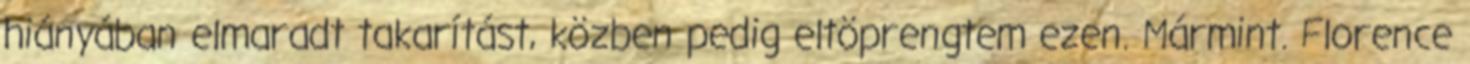
hiányában elmaradt takarítást, közben pedig eltöprengtem ezen. Mármint. Florence